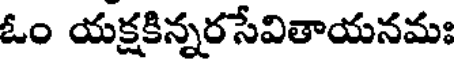
ఓం యక్షకిన్నరసేవితాయనమః